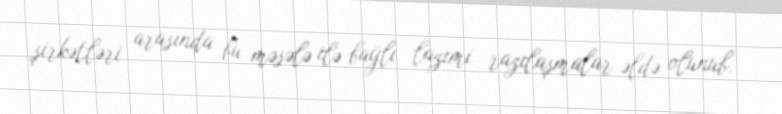
şirkətləri arasında bu məsələ ilə bağlı lazımi razılaşmalar əldə olunub.